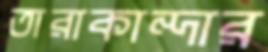
তারাকান্দার